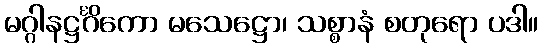
မဂ္ဂါနဋ္ဌင်္ဂိကော မသေဋ္ဌော၊ သစ္စာနံ စတုရော ပဒါ။